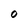
Character: o